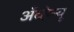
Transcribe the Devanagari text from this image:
अँव्हेन्यू